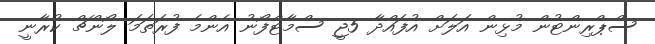
ސްޕްރިންޓުން މުޅިން އަލަށް އުފައްދާ 5ޖީ ސްމާޓްފޯނު އެންމެ ފުރަތަމަ ލޯންޗް ކުރާނީ